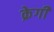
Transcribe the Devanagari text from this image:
क्रेगी